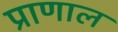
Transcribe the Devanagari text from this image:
प्राणाल